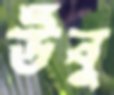
উঁবু